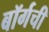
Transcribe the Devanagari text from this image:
बॉर्गची